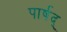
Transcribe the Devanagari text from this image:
पार्षद्